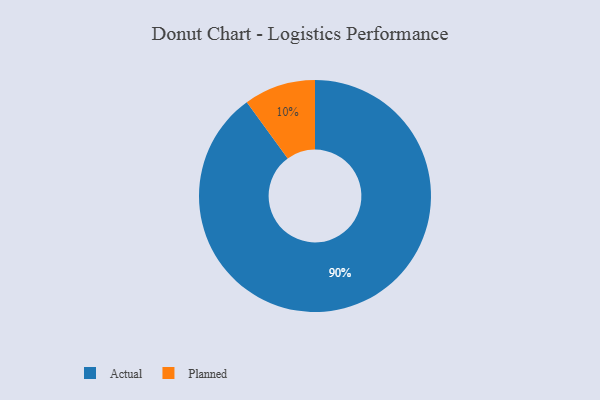
{"axis": {"x": "Category", "y": "Percentage"}, "legend": ["Actual", "Planned"], "data": [{"x": "Planned", "y": 10, "type": "Planned"}, {"x": "Actual", "y": 90, "type": "Actual"}]}